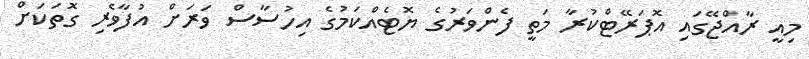
މިއީ ރާއްޖޭގައި އޮޕަރޭޓްކުރާ މަތީ ފެންވަރުގެ ޔޮޓެއްކަމުގެ އިހުސާސް ވަރަށް އުފާވެރި ގޮތަކަށް